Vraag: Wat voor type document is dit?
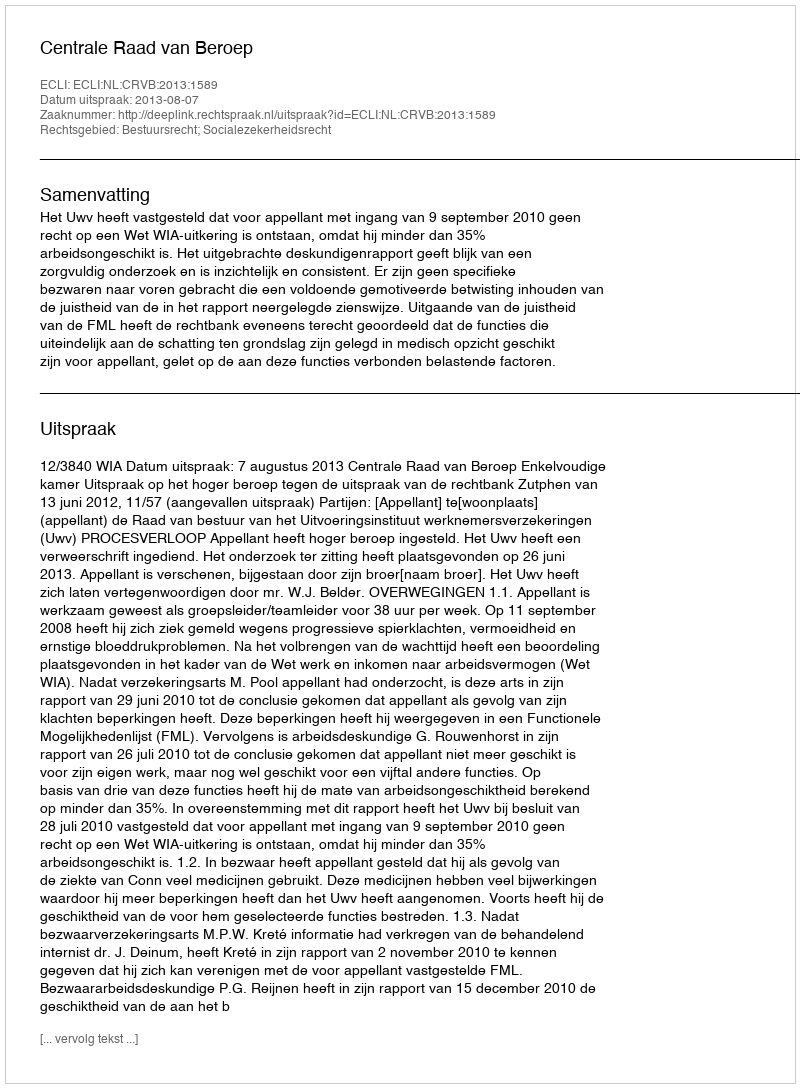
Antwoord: Uitspraak